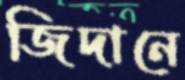
জিদানে